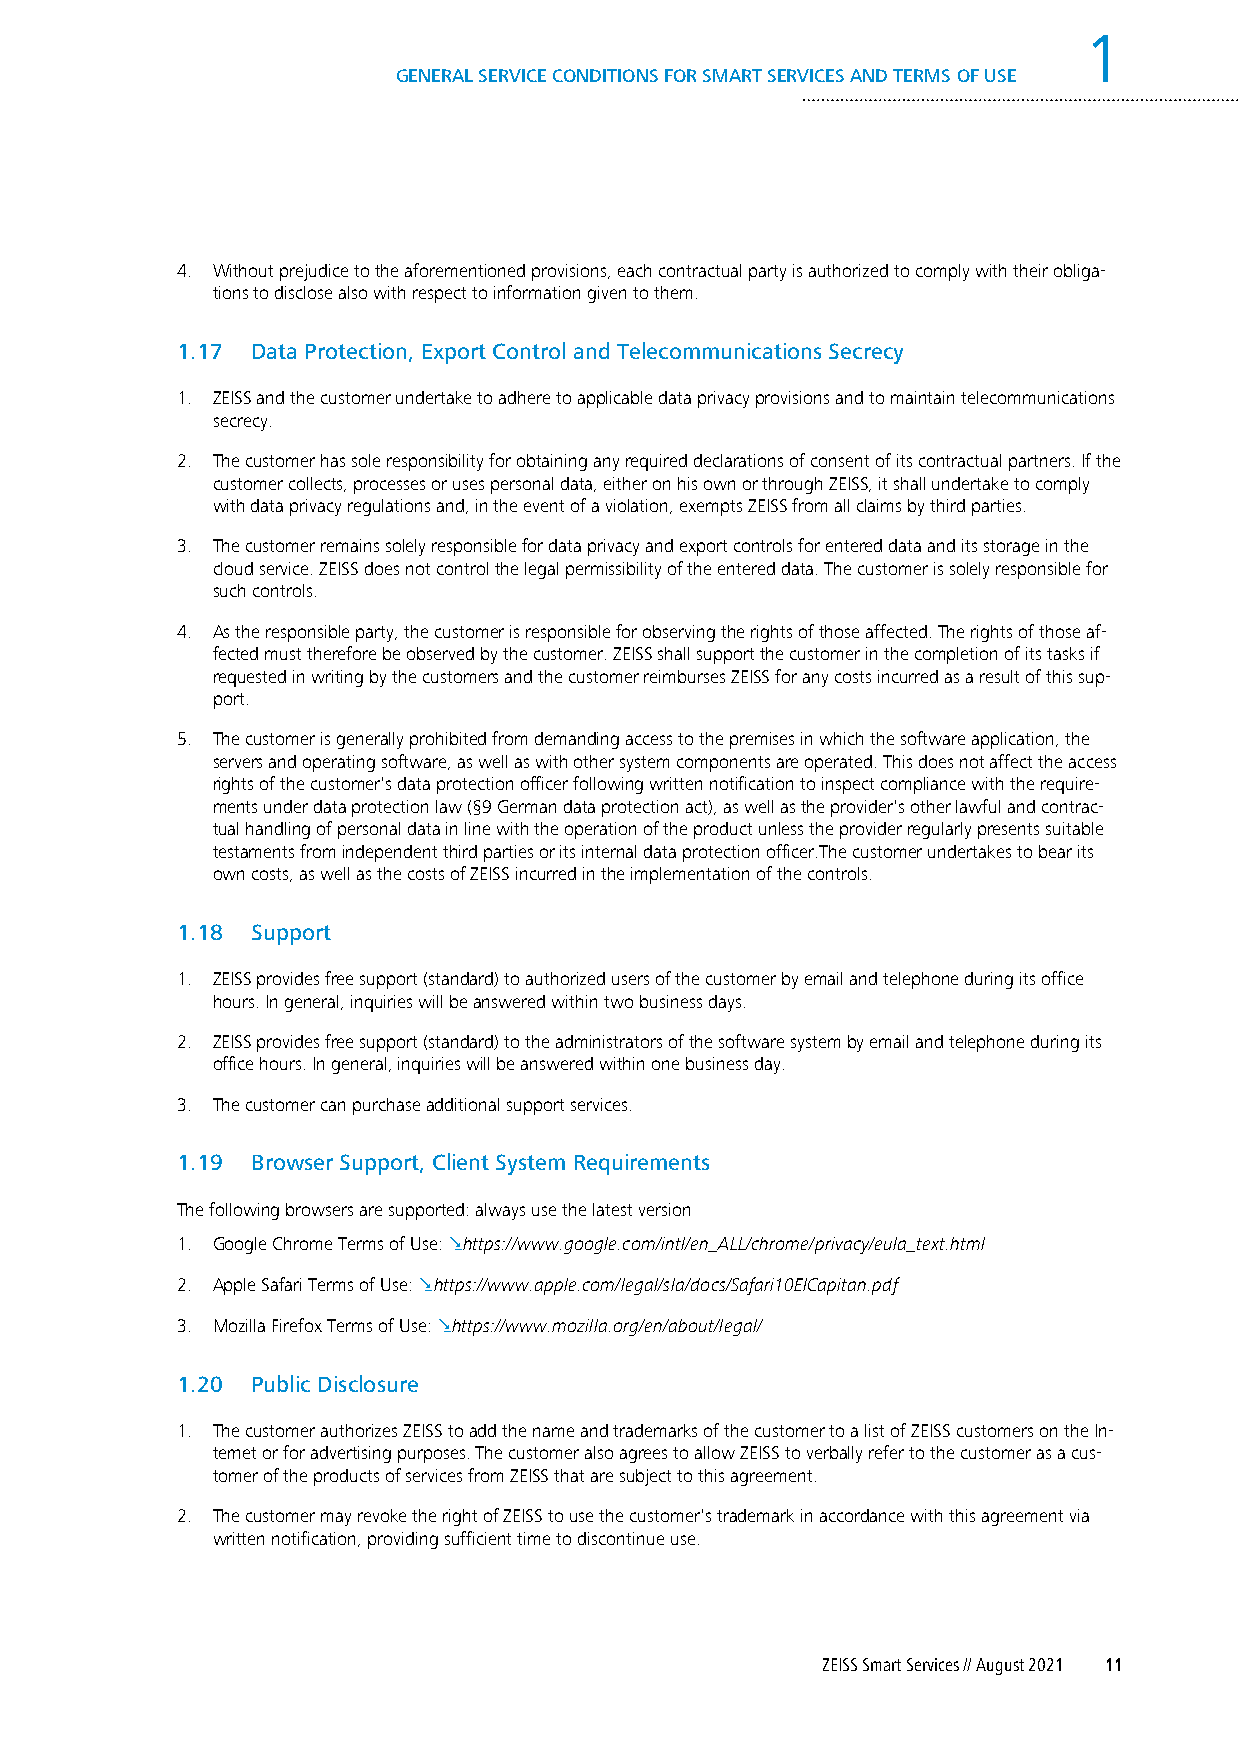
1
 GENERAL SERVICE CONDITIONS FOR SMART SERVICES AND TERMS OF USE
 4. Without prejudice to the aforementioned provisions, each contractual party is authorized to comply with their obliga-
 tions to disclose also with respect to information given to them.
 1.17 Data Protection, Export Control and Telecommunications Secrecy
 1. ZEISS and the customer undertake to adhere to applicable data privacy provisions and to maintain telecommunications
 secrecy.
 2. The customer has sole responsibility for obtaining any required declarations of consent of its contractual partners. If the
 customer collects, processes or uses personal data, either on his own or through ZEISS, it shall undertake to comply
 with data privacy regulations and, in the event of a violation, exempts ZEISS from all claims by third parties.
 3. The customer remains solely responsible for data privacy and export controls for entered data and its storage in the
 cloud service. ZEISS does not control the legal permissibility of the entered data. The customer is solely responsible for
 such controls.
 4. As the responsible party, the customer is responsible for observing the rights of those affected. The rights of those af-
 fected must therefore be observed by the customer. ZEISS shall support the customer in the completion of its tasks if
 requested in writing by the customers and the customer reimburses ZEISS for any costs incurred as a result of this sup-
 port.
 5. The customer is generally prohibited from demanding access to the premises in which the software application, the
 servers and operating software, as well as with other system components are operated. This does not affect the access
 rights of the customer's data protection officer following written notification to inspect compliance with the require-
 ments under data protection law (§9 German data protection act), as well as the provider's other lawful and contrac-
 tual handling of personal data in line with the operation of the product unless the provider regularly presents suitable
 testaments from independent third parties or its internal data protection officer.The customer undertakes to bear its
 own costs, as well as the costs of ZEISS incurred in the implementation of the controls.
 1.18 Support
 1. ZEISS provides free support (standard) to authorized users of the customer by email and telephone during its office
 hours. In general, inquiries will be answered within two business days.
 2. ZEISS provides free support (standard) to the administrators of the software system by email and telephone during its
 office hours. In general, inquiries will be answered within one business day.
 3. The customer can purchase additional support services.
 1.19 Browser Support, Client System Requirements
 The following browsers are supported: always use the latest version
 1. Google Chrome Terms of Use: .https://www.google.com/intl/en_ALL/chrome/privacy/eula_text.html
 2. Apple Safari Terms of Use: .https://www.apple.com/legal/sla/docs/Safari10ElCapitan.pdf
 3. Mozilla Firefox Terms of Use: .https://www.mozilla.org/en/about/legal/
 1.20 Public Disclosure
 1. The customer authorizes ZEISS to add the name and trademarks of the customer to a list of ZEISS customers on the In-
 ternet or for advertising purposes. The customer also agrees to allow ZEISS to verbally refer to the customer as a cus-
 tomer of the products of services from ZEISS that are subject to this agreement.
 2. The customer may revoke the right of ZEISS to use the customer's trademark in accordance with this agreement via
 written notification, providing sufficient time to discontinue use.
 ZEISS Smart Services // August 2021 11